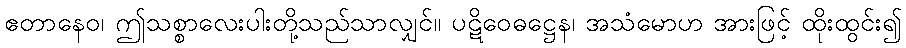
ဧတာနေဝ၊ ဤသစ္စာလေးပါးတို့သည်သာလျှင်။ ပဋိဝေဓဋ္ဌေန၊ အသံမောဟ အားဖြင့် ထိုးထွင်း၍